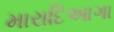
મારાદિઆગા